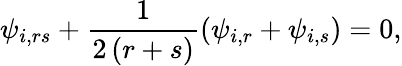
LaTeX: \psi_{i,rs}+\frac{1}{2\left(r+s\right)}\left(\psi_{i,r}+\psi_{i,s}\right)=0,